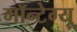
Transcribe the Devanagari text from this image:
मॉन्टेग्यू